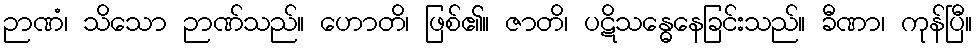
ဉာဏံ၊ သိသော ဉာဏ်သည်။ ဟောတိ၊ ဖြစ်၏။ ဇာတိ၊ ပဋိသန္ဓေနေခြင်းသည်။ ခီဏာ၊ ကုန်ပြီ။